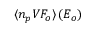
\langle n _ { p } V { \cal F } _ { o } \rangle \, ( E _ { o } )